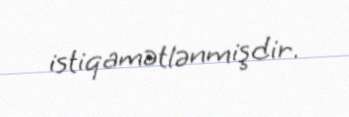
istiqamətlənmişdir.